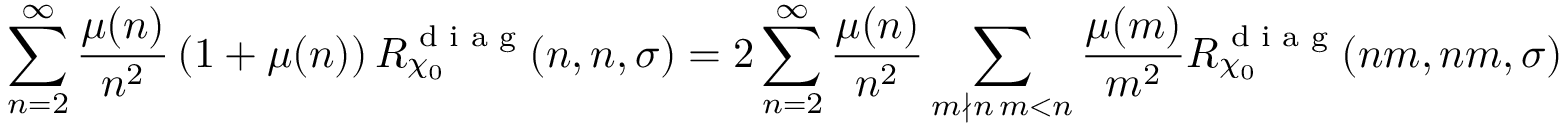
\sum _ { n = 2 } ^ { \infty } \frac { \mu ( n ) } { n ^ { 2 } } \left( 1 + \mu ( n ) \right) R _ { \chi _ { 0 } } ^ { \textnormal { d i a g } } ( n , n , \sigma ) = 2 \sum _ { n = 2 } ^ { \infty } \frac { \mu ( n ) } { n ^ { 2 } } \sum _ { \substack { m \nmid n \, m < n } } \frac { \mu ( m ) } { m ^ { 2 } } R _ { \chi _ { 0 } } ^ { \textnormal { d i a g } } ( n m , n m , \sigma )